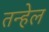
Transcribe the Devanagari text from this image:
तन्हेल